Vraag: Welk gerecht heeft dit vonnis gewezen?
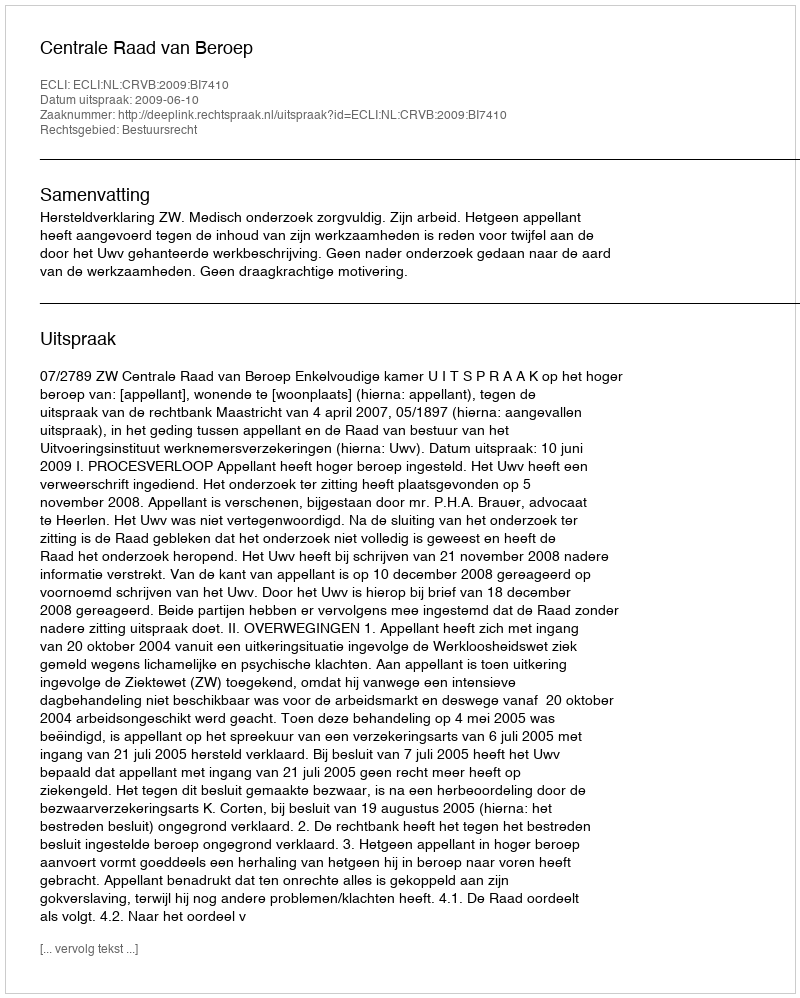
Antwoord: Centrale Raad van Beroep